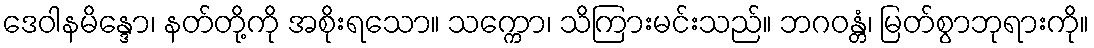
ဒေဝါနမိန္ဒော၊ နတ်တို့ကို အစိုးရသော။ သက္ကော၊ သိကြားမင်းသည်။ ဘဂဝန္တံ၊ မြတ်စွာဘုရားကို။